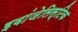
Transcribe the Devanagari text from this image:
इवांजेलिस्टिक